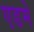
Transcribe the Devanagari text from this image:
एडमे